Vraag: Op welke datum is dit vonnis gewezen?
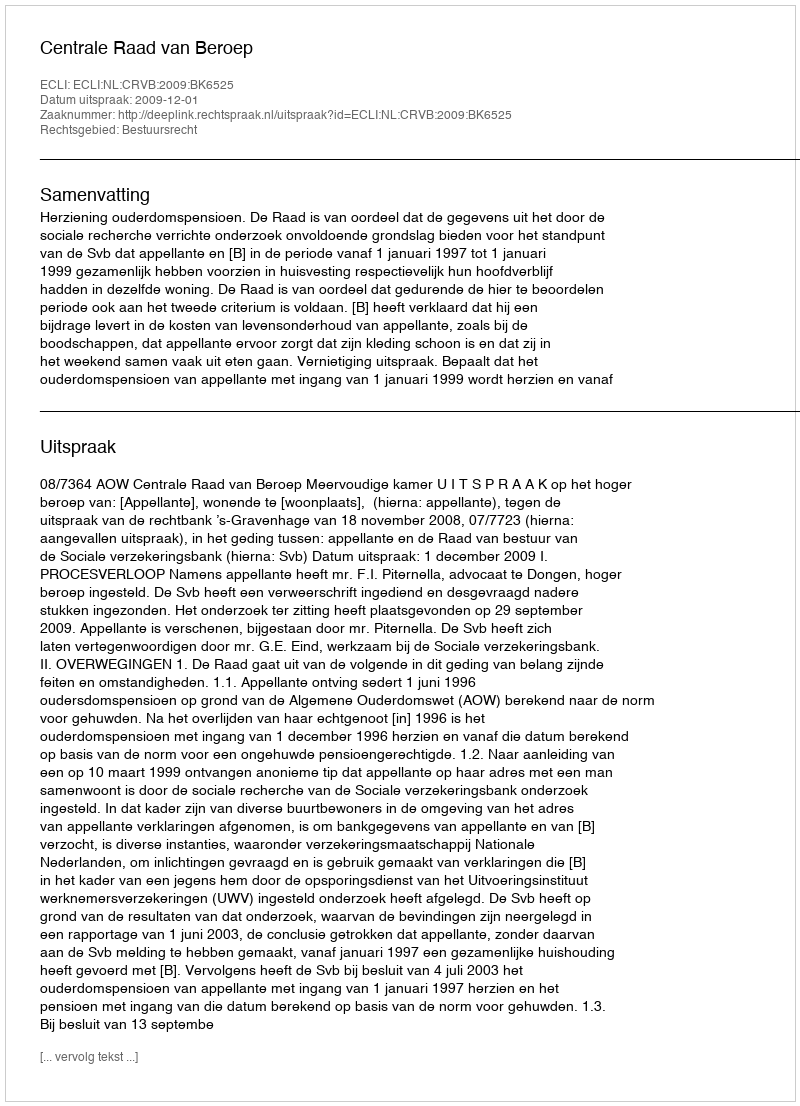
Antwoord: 2009-12-01